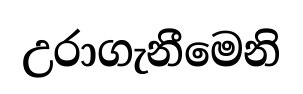
උරාගැනීමෙනි